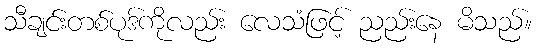
သီချင်းတစ်ပုဒ်ကိုလည်း လေသံဖြင့် ညည်းနေ မိသည်။